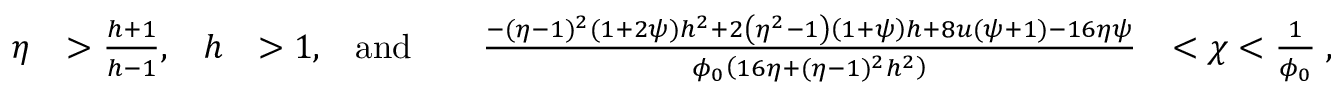
\begin{array} { r l r l r l r l } { \eta } & { > \frac { h + 1 } { h - 1 } , } & { h } & { > 1 , } & { \mathrm { a n d } } & { } & { \frac { - ( \eta - 1 ) ^ { 2 } ( 1 + 2 \psi ) h ^ { 2 } + 2 \left( \eta ^ { 2 } - 1 \right) \left( 1 + \psi \right) h + 8 u ( \psi + 1 ) - 1 6 \eta \psi } { \phi _ { 0 } \left( 1 6 \eta + ( \eta - 1 ) ^ { 2 } h ^ { 2 } \right) } } & { < \chi < \frac { 1 } { \phi _ { 0 } } \; , } \end{array}